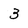
Character: 3